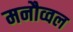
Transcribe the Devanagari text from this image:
मनौव्वल